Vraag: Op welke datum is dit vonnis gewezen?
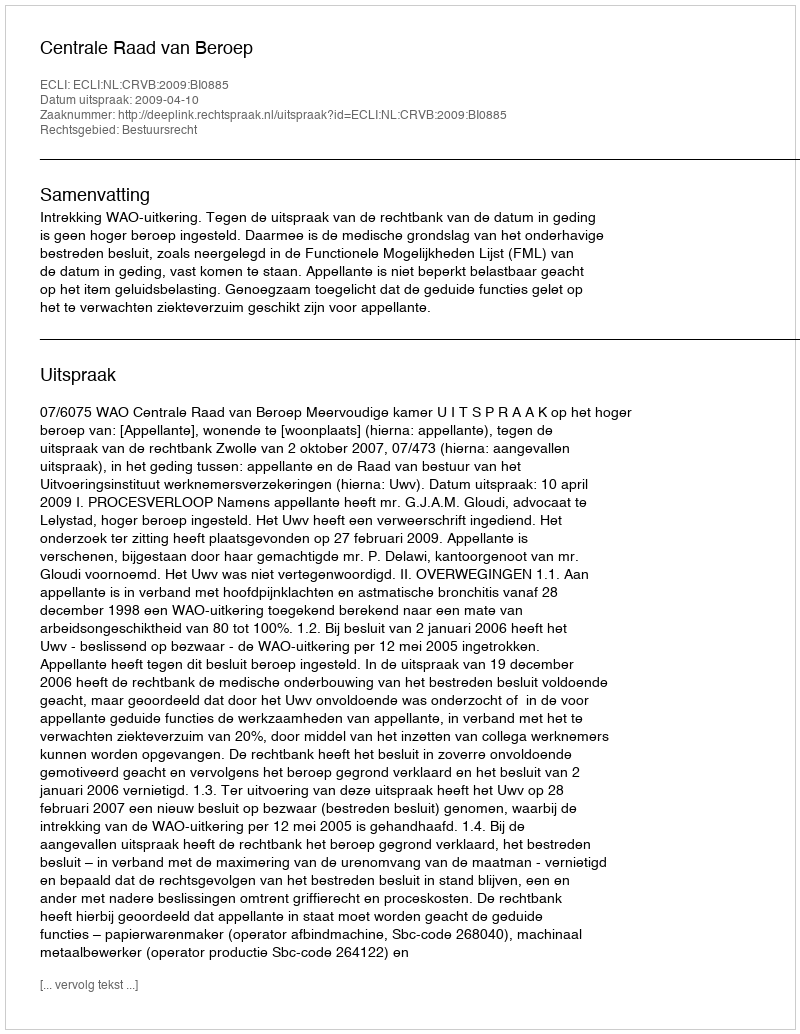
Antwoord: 2009-04-10